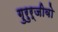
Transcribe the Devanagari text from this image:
गुरुर्जीवो